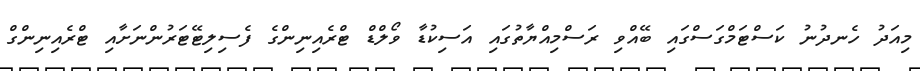
މިއަދު ހެނދުނު ކަސްޓަމްގަސްގައި ބޭއްވި ރަސްމިއްޔާތުގައި އަސިކުޑާ ވޯލްޑް ޓްރެއިނިންގެ ފެސިލިޓޭޓަރުންނަށާއި ޓްރެއިނިންގް